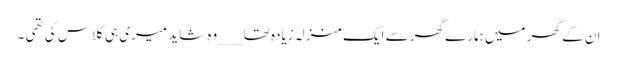
ان کے گھر میں ہمارے گھر سے ایک منزلہ زیادہ تھا___وہ شاید میری ہی کلاس کی تھی ۔